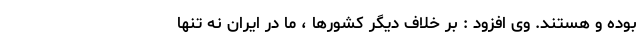
بوده و هستند. وی افزود : بر خلاف دیگر کشورها ، ما در ایران نه تنها